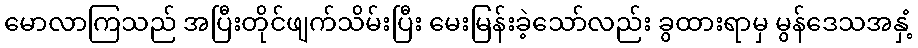
မောလာကြသည် အပြီးတိုင်ဖျက်သိမ်းပြီး မေးမြန်းခဲ့သော်လည်း ခွထားရာမှ မွန်ဒေသအနှံ့